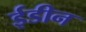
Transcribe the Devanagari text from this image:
ईडीन